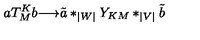
a T _ { M } ^ { K } b { \longrightarrow } { \tilde { a } } * _ { | W | } Y _ { K M } * _ { | V | } { \tilde { b } }